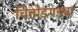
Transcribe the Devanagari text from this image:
चित्तोडगडचा